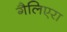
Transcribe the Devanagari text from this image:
गैलिएरा